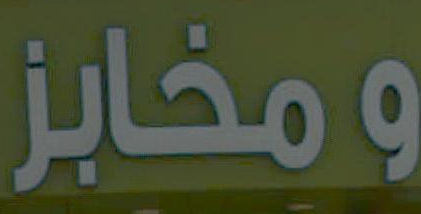
ومخابز